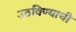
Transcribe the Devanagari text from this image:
उठविण्याची